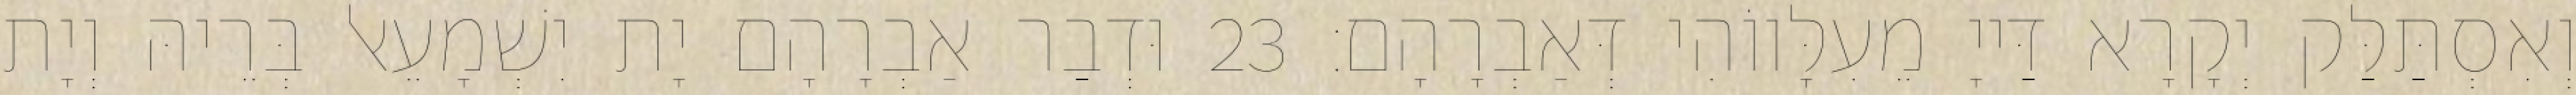
וְאִסְתַּלַּק יְקָרָא דַּייָ מֵעִלָּווֹהִי דְּאַבְרָהָם׃ 23 וּדְבַר אַבְרָהָם יָת יִשְׁמָעֵאל בְּרֵיהּ וְיָת